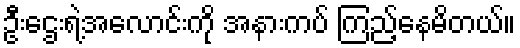
ဦးဌေးရဲ့အလောင်းကို အနားကပ် ကြည့်နေမိတယ်။